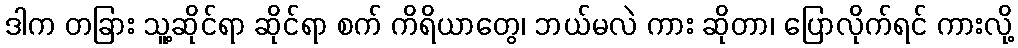
ဒါက တခြား သူ့ဆိုင်ရာ ဆိုင်ရာ စက် ကိရိယာတွေ၊ ဘယ်မလဲ ကား ဆိုတာ၊ ပြောလိုက်ရင် ကားလို့